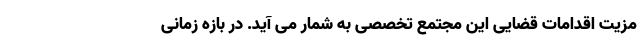
مزیت اقدامات قضایی این مجتمع تخصصی به شمار می‌ آید. در بازه زمانی